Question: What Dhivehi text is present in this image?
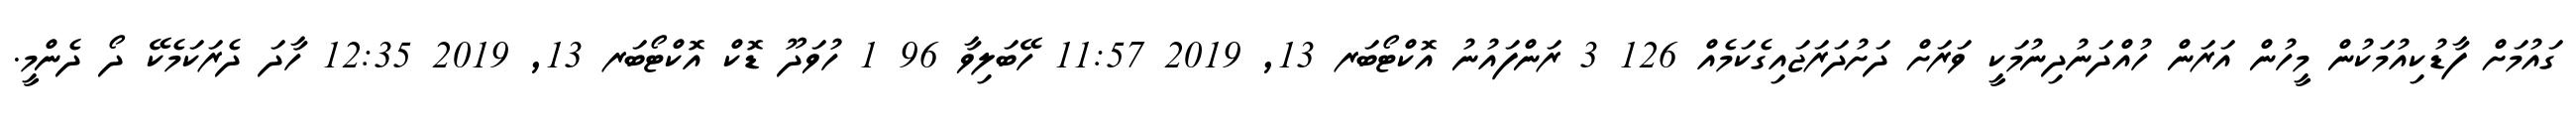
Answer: ގައުމަށް ފާޑުކިއުމަކުން މީހުން އަރަން ހުއްދަނުދިނުމަކީ ވަރަށް ދަށުދަރަޖައިގެކަމެއް 126 3 ރަންފައުނު އޮކްޓޯބަރ 13, 2019 11:57 ހޭބަލިވާ 96 1 ހުވަދޫ ޑޮކް އޮކްޓޯބަރ 13, 2019 12:35 ހާދަ ދެރަކަމެކޭ ދޯ ދެންމީ.